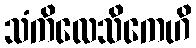
သံကိလေသိကေဟိ